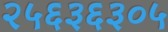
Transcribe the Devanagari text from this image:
२५६३६३०५